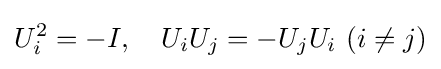
U_{i}^{2}=-I,\quad U_{i}U_{j}=-U_{j}U_{i}\,\,(i\neq j)